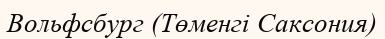
Вольфсбург (Төменгі Саксония)